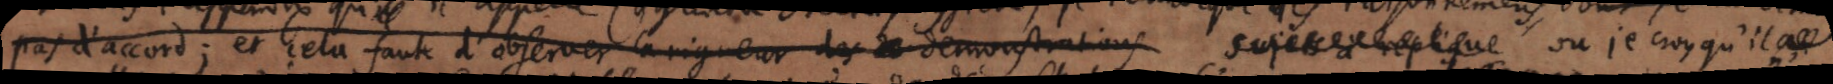
pas d’accord; et cela faute d’observer la rigueur des demonstrations sujets à replique ou je croy qu’il _